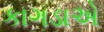
કાગડાએ